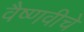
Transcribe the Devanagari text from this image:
वैष्णवीचे